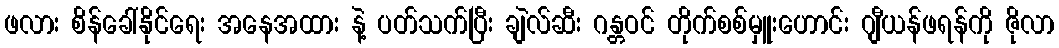
ဖလား စိန်ခေါ်နိုင်ရေး အနေအထား နဲ့ ပတ်သက်ပြီး ချဲလ်ဆီး ဂန္တဝင် တိုက်စစ်မှူးဟောင်း ဂျီယန်ဖရန်ကို ဇိုလာ